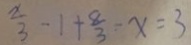
\frac { x } { 3 } - 1 + \frac { 8 } { 3 } - x = 3